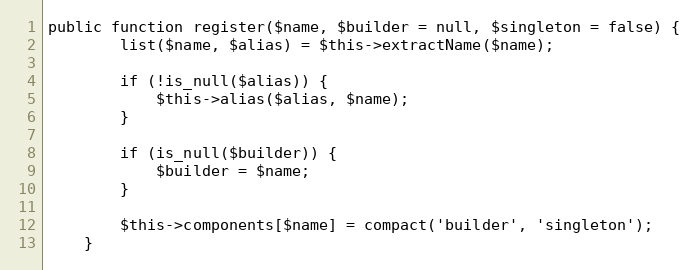
Language: PHP
public function register($name, $builder = null, $singleton = false) {
		list($name, $alias) = $this->extractName($name);

		if (!is_null($alias)) {
			$this->alias($alias, $name);
		}

		if (is_null($builder)) {
			$builder = $name;
		}

		$this->components[$name] = compact('builder', 'singleton');
	}